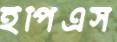
ইপিএস